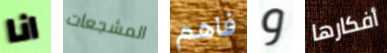
انا المشجعات فاهم و أفكارها